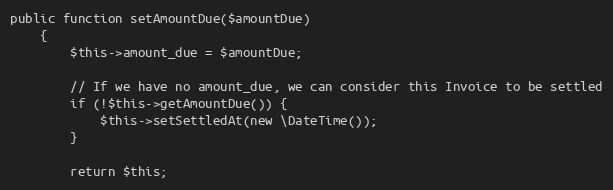
Language: PHP
public function setAmountDue($amountDue)
    {
        $this->amount_due = $amountDue;

        // If we have no amount_due, we can consider this Invoice to be settled
        if (!$this->getAmountDue()) {
            $this->setSettledAt(new \DateTime());
        }

        return $this;